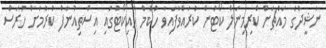
ނަޝީދުގެ މައްޗަށް ކްރިމިނަލް ކޯޓުން ކުރައްވާފައިވާ ހުކުމް ހައިކޯޓުގައި އިސްތިއުނާފް ކުރުމަށް ހުރަސް